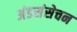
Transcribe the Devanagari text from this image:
अंडसंसेचन